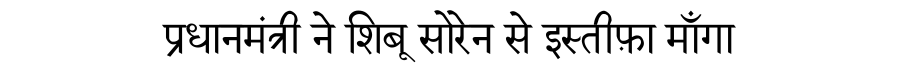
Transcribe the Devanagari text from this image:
प्रधानमंत्री ने शिबू सोरेन से इस्तीफ़ा माँगा